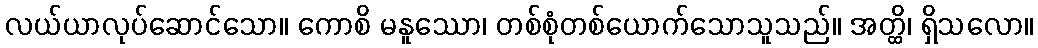
လယ်ယာလုပ်ဆောင်သော။ ကောစိ မနူဿော၊ တစ်စုံတစ်ယောက်သောသူသည်။ အတ္ထိ၊ ရှိသလော။